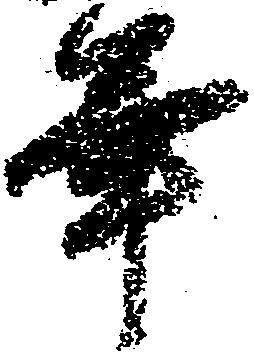
年